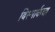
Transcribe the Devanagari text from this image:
बिस्मार्कचा